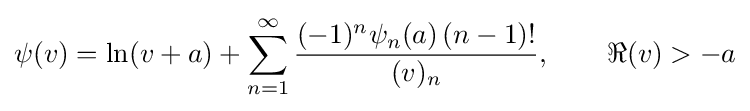
\psi (v)=\ln(v+a)+\sum _{n=1}^{\infty }{\frac {(-1)^{n}\psi _{n}(a)\,(n-1)!}{(v)_{n}}},\qquad \Re (v)>-a